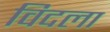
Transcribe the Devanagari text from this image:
विदला